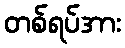
တစ်ရပ်အား